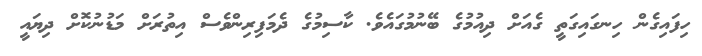
ހިފައިގެން ހިނގައިގަތީ ގެއަށް ދިއުމުގެ ބޭނުމުގައެވެ. ކާސިމުގެ ދެމަފިރިންވެސް އިތުރަށް މަޑުނުކޮށް ދިޔައީ